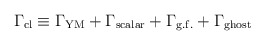
\begin{align*}\Gamma_{\mathrm{cl}} \equiv \Gamma_{\mathrm{YM}}+\Gamma_{\mathrm{scalar}}+\Gamma_{\mathrm{g.f.}}+\Gamma_{\mathrm{ghost}}\end{align*}